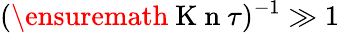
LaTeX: (\ensuremath{\mathrm{~K~n~}}\tau)^{-1}\gg 1